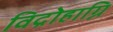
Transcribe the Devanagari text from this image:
विद्रोहाग्नि